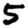
Digit: 5